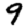
Digit: 9